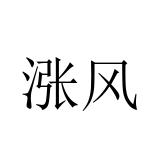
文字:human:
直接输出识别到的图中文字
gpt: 涨风